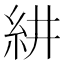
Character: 𮈃